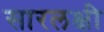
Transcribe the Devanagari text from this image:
सारलक्षी